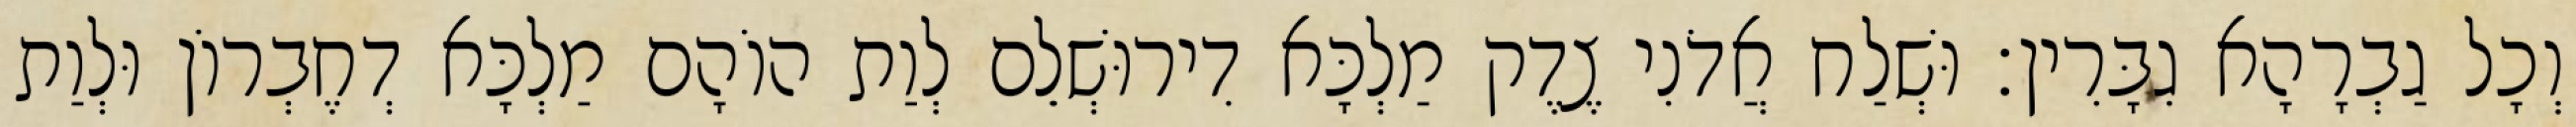
וְכָל גַבְרָהָא גִבָּרִין׃ וּשְׁלַח אֲדֹנִי צֶדֶק מַלְכָּא דִירוּשְׁלֵם לְוַת הוֹהָם מַלְכָּא דְחֶבְרוֹן וּלְוַת